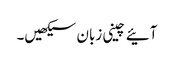
آئیے چینی زبان سیکھیں۔